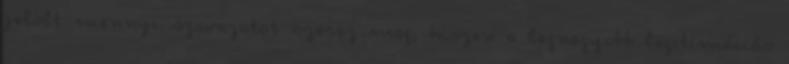
jelölt mennyi szavazatot szerez meg, hiszen a legnagyobb legitimációs